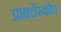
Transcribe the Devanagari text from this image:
प्राक्टॉस्कोप